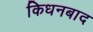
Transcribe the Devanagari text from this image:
किधनबाद